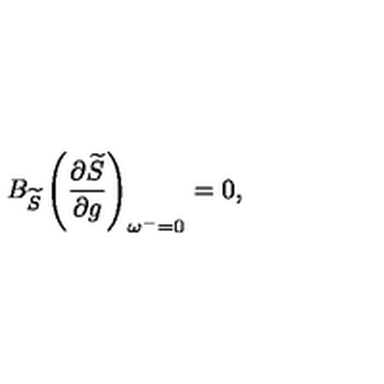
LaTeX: B _ { \widetilde { S } } \left( \frac { \partial \widetilde { S } } { \partial g } \right) _ { \omega ^ { - } = 0 } = 0 ,